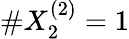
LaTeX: \# X_{2}^{(2)}=1